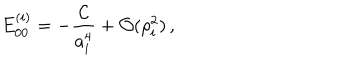
E _ { 0 0 } ^ { ( i ) } = - \frac { { \cal C } } { a _ { i } ^ { 4 } } + { \cal O } ( \rho _ { i } ^ { 2 } ) \, ,